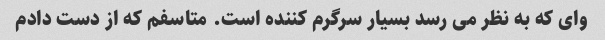
وای که به نظر می رسد بسیار سرگرم کننده است. متاسفم که از دست دادم